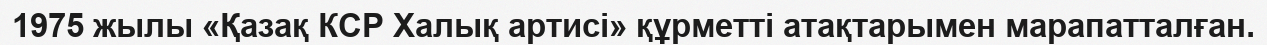
1975 жылы «Қазақ КСР Халық артисі» құрметті атақтарымен марапатталған.